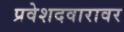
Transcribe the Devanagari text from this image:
प्रवेशदवारावर